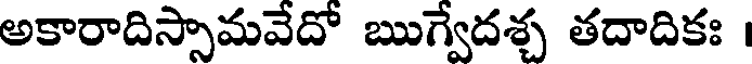
అకారాదిస్సామవేదో ఋగ్వేదశ్చ తదాదికః